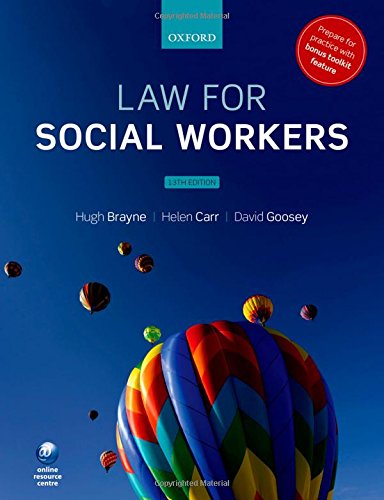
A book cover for Law for Social Workers; Hugh Brayne; Law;